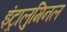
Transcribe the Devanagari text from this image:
इंट्रालुमिनल